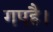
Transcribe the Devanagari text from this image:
गएहै।